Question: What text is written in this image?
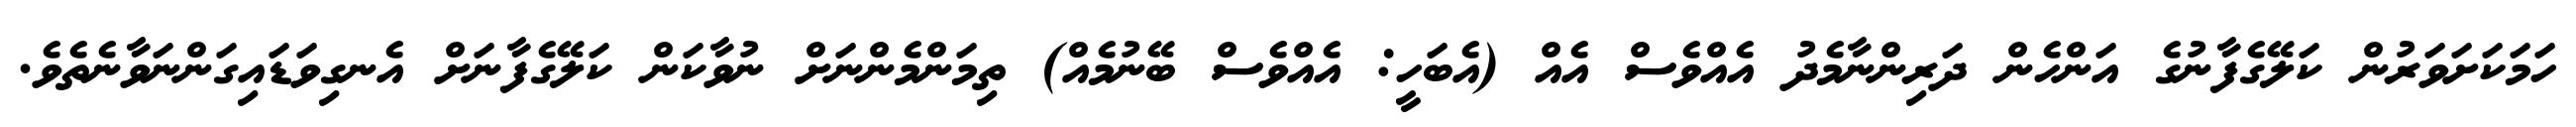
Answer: ހަމަކަށަވަރުން ކަލޭގެފާނުގެ އަންހެން ދަރިންނާމެދު އެއްވެސް އެއް (އެބަހީ: އެއްވެސް ބޭނުމެއް) ތިމަންމެންނަށް ނުވާކަން ކަލޭގެފާނަށް އެނގިވަޑައިގަންނަވާނެތެވެ.